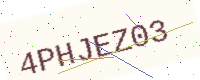
Text: 4PHJEZ03